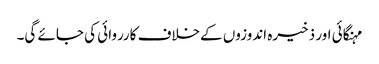
مہنگائی اور ذخیرہ اندوزوں کےخلاف کارروائی کی جائے گی۔